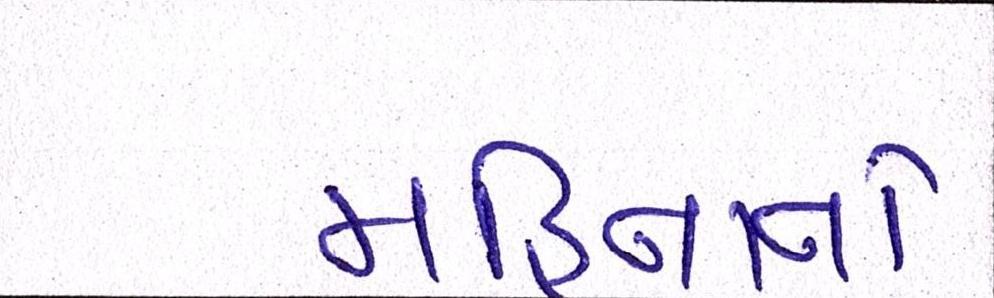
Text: મહિનાનો